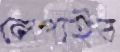
লেপাইব